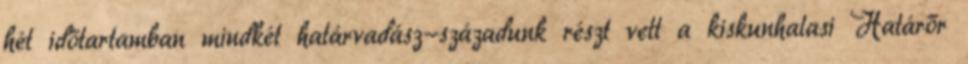
hét időtartamban mindkét határvadász-századunk részt vett a kiskunhalasi Határőr